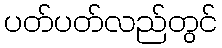
ပတ်ပတ်လည်တွင်